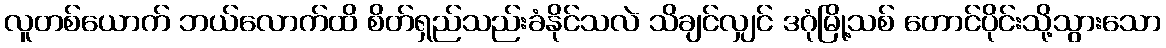
လူတစ်ယောက် ဘယ်လောက်ထိ စိတ်ရှည်သည်းခံနိုင်သလဲ သိချင်လျှင် ဒဂုံမြို့သစ် တောင်ပိုင်းသို့သွားသော